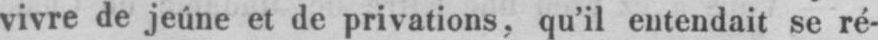
vivre de jeûne et de privations, qu’il entendait se ré-